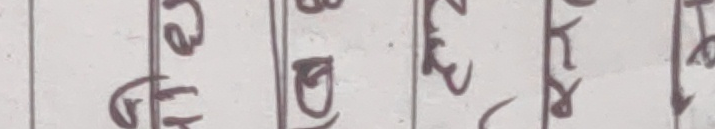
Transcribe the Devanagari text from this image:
एव